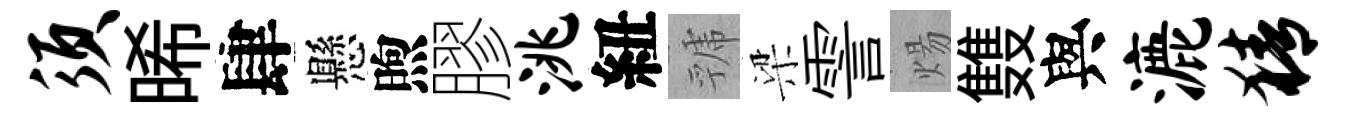
须晞肆懸煦膠洮紐虢梁霅煬䨇與漉猜